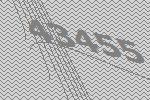
43455